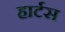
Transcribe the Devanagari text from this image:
हार्टस